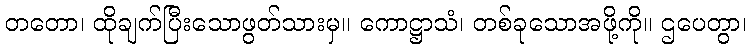
တတော၊ ထိုချက်ပြီးသောဖွတ်သားမှ။ ကောဋ္ဌာသံ၊ တစ်ခုသောအဖို့ကို။ ဌပေတွာ၊